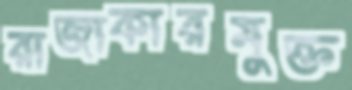
রাজাকারমুক্ত